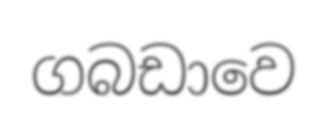
ගබඩාවෙ